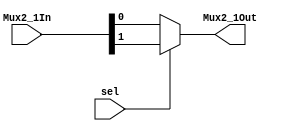
module MUX_SMALL(Mux2_1In,sel,Mux2_1Out);

	input [1:0]Mux2_1In;
	input sel;
	output Mux2_1Out;

	assign Mux2_1Out=sel?Mux2_1In[1]:Mux2_1In[0];

endmodule


module MUX_BIG(Mux8_1In,sel,Mux8_1Out);

	input [7:0]Mux8_1In;
	input [2:0]sel;
	output Mux8_1Out;

	wire m1,m2,m3,m4,m5,m6,m7;

	MUX_SMALL mux1(Mux8_1In[1:0],sel[0],m1);
	MUX_SMALL mux2(Mux8_1In[3:2],sel[0],m2);
	MUX_SMALL mux3(Mux8_1In[5:4],sel[0],m3);
	MUX_SMALL mux4(Mux8_1In[7:6],sel[0],m4);
	MUX_SMALL mux5({m2,m1},sel[1],m5);
	MUX_SMALL mux6({m4,m3},sel[1],m6);
	MUX_SMALL mux7({m6,m5},sel[2],Mux8_1Out);

endmodule

module TFF(clock,reset,t,q);

	input t,clock,reset;
	output reg q;

	always @ (posedge clock or reset)
		begin
			if(reset) 
				q=0;
			else 
				begin
					if(t)
						q<=~q;
					else 
						q<=q;
				end
		end

endmodule

module COUNTER_4BIT(clock,clear,Q);

	input clock,clear;
	output [3:0]Q;
	wire w1,w2;

	TFF tff1(clock,clear,1'b1,Q[0]);
	TFF tff2(clock,clear,Q[0],Q[1]);
	assign w1=Q[2]&Q[1];
	TFF tff3(clock,clear,w1,Q[2]);
	assign w2=w1&Q[2];
	TFF tff4(clock,clear,w2,Q[3]);

endmodule

module COUNTER_3BIT(clock,clear,Q);

	input clock,clear;
	output [2:0]Q;
	wire w1;

	TFF tff1(clock,clear,1'b1,Q[0]);
	TFF tff2(clock,clear,Q[0],Q[1]);
	assign w1=Q[1]&Q[0];
	TFF tff3(clock,clear,w1,Q[2]);

endmodule

module MEMORY();

	reg [7:0]mem[0:15];
    integer i;

    initial 
    begin
        for (i=0; i<16; i=i+1) 
        begin

            if(i%2==0)
                mem[i]=8'hCC;

            else
                mem[i]=8'hAA;

        end
    end

endmodule

`timescale 1ms/1ns

module INTG(clock,reset,OpWave);

	input clock,reset;
	wire [2:0]c3out;
	wire [3:0]c4out;
	wire clock2;
	output OpWave;

	COUNTER_3BIT c3b(clock,reset,c3out);
	assign clock2=c3out[0]&c3out[1]&c3out[2];
	COUNTER_4BIT c4b(clock2,reset,c4out);
	MEMORY mem1();
	MUX_BIG bigmux(mem1.mem[c4out],c3out,OpWave);
	
endmodule

module tb;

	reg clock,reset;

	INTG intg1(clock,reset,OpWave);

    always
        #0.5 clock = ~clock;
    
    initial 
    begin
        #0 clock=1'b0;reset = 1'b1;
        #1 reset = 1'b0;
        #1000 $finish;
    end

    initial
    begin
    	$dumpfile("labtest.vcd");
    	$dumpvars;
    end

endmodule